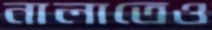
নালাতেও